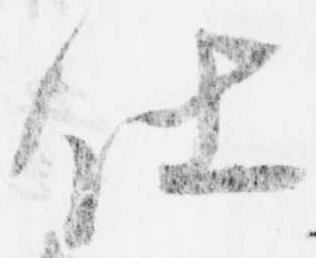
仕